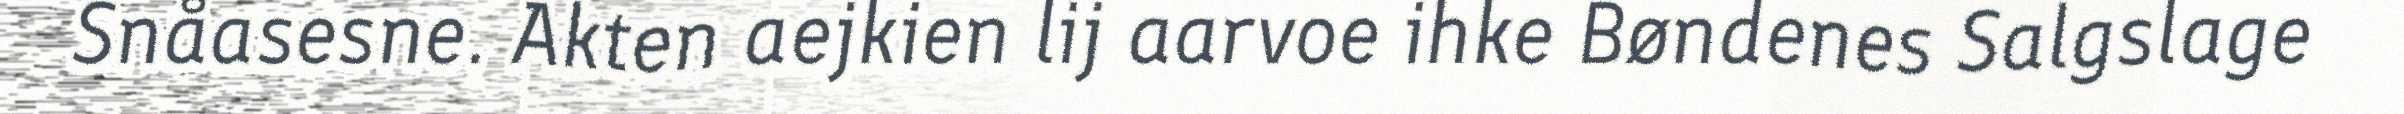
Snåasesne. Akten aejkien lij aarvoe ihke Bøndenes Salgslage